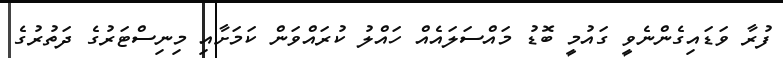
ފުރާ ވަޑައިގެންނެވީ ގައުމީ ބޮޑު މައްސަލައެއް ހައްލު ކުރައްވަން ކަމަށާއި މިނިސްޓަރުގެ ދަތުރުގެ